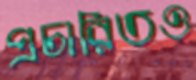
প্রচারিতও